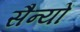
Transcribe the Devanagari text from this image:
सैन्यों